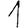
Digit: 1